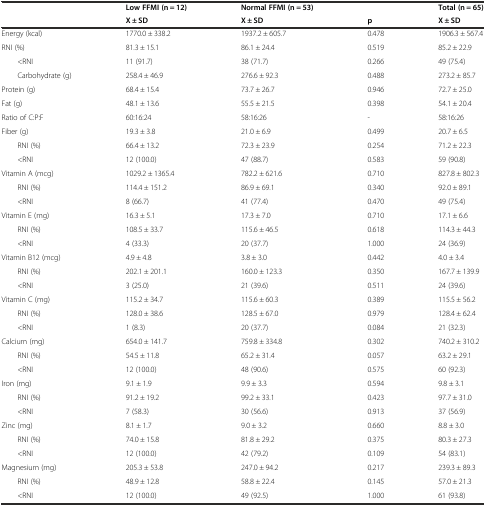
<table><thead><tr><td></td><td><b>Low FFMI (n = 12)</b></td><td><b>Normal FFMI (n = 53)</b></td><td></td><td><b>Total (n = 65)</b></td></tr><tr><td></td><td><b>X ± SD</b></td><td><b>X ± SD</b></td><td><b>p</b></td><td><b>X ± SD</b></td></tr></thead><tbody><tr><td>Energy (kcal)</td><td>1770.0 ± 338.2</td><td>1937.2 ± 605.7</td><td>0.478</td><td>1906.3 ± 567.4</td></tr><tr><td>RNI (%)</td><td>81.3 ± 15.1</td><td>86.1 ± 24.4</td><td>0.519</td><td>85.2 ± 22.9</td></tr><tr><td>&lt;RNI</td><td>11 (91.7)</td><td>38 (71.7)</td><td>0.266</td><td>49 (75.4)</td></tr><tr><td>Carbohydrate (g)</td><td>258.4 ± 46.9</td><td>276.6 ± 92.3</td><td>0.488</td><td>273.2 ± 85.7</td></tr><tr><td>Protein (g)</td><td>68.4 ± 15.4</td><td>73.7 ± 26.7</td><td>0.946</td><td>72.7 ± 25.0</td></tr><tr><td>Fat (g)</td><td>48.1 ± 13.6</td><td>55.5 ± 21.5</td><td>0.398</td><td>54.1 ± 20.4</td></tr><tr><td>Ratio of C:P:F</td><td>60:16:24</td><td>58:16:26</td><td>-</td><td>58:16:26</td></tr><tr><td>Fiber (g)</td><td>19.3 ± 3.8</td><td>21.0 ± 6.9</td><td>0.499</td><td>20.7 ± 6.5</td></tr><tr><td>RNI (%)</td><td>66.4 ± 13.2</td><td>72.3 ± 23.9</td><td>0.254</td><td>71.2 ± 22.3</td></tr><tr><td>&lt;RNI</td><td>12 (100.0)</td><td>47 (88.7)</td><td>0.583</td><td>59 (90.8)</td></tr><tr><td>Vitamin A (mcg)</td><td>1029.2 ± 1365.4</td><td>782.2 ± 621.6</td><td>0.710</td><td>827.8 ± 802.3</td></tr><tr><td>RNI (%)</td><td>114.4 ± 151.2</td><td>86.9 ± 69.1</td><td>0.340</td><td>92.0 ± 89.1</td></tr><tr><td>&lt;RNI</td><td>8 (66.7)</td><td>41 (77.4)</td><td>0.470</td><td>49 (75.4)</td></tr><tr><td>Vitamin E (mg)</td><td>16.3 ± 5.1</td><td>17.3 ± 7.0</td><td>0.710</td><td>17.1 ± 6.6</td></tr><tr><td>RNI (%)</td><td>108.5 ± 33.7</td><td>115.6 ± 46.5</td><td>0.618</td><td>114.3 ± 44.3</td></tr><tr><td>&lt;RNI</td><td>4 (33.3)</td><td>20 (37.7)</td><td>1.000</td><td>24 (36.9)</td></tr><tr><td>Vitamin B12 (mcg)</td><td>4.9 ± 4.8</td><td>3.8 ± 3.0</td><td>0.442</td><td>4.0 ± 3.4</td></tr><tr><td>RNI (%)</td><td>202.1 ± 201.1</td><td>160.0 ± 123.3</td><td>0.350</td><td>167.7 ± 139.9</td></tr><tr><td>&lt;RNI</td><td>3 (25.0)</td><td>21 (39.6)</td><td>0.511</td><td>24 (39.6)</td></tr><tr><td>Vitamin C (mg)</td><td>115.2 ± 34.7</td><td>115.6 ± 60.3</td><td>0.389</td><td>115.5 ± 56.2</td></tr><tr><td>RNI (%)</td><td>128.0 ± 38.6</td><td>128.5 ± 67.0</td><td>0.979</td><td>128.4 ± 62.4</td></tr><tr><td>&lt;RNI</td><td>1 (8.3)</td><td>20 (37.7)</td><td>0.084</td><td>21 (32.3)</td></tr><tr><td>Calcium (mg)</td><td>654.0 ± 141.7</td><td>759.8 ± 334.8</td><td>0.302</td><td>740.2 ± 310.2</td></tr><tr><td>RNI (%)</td><td>54.5 ± 11.8</td><td>65.2 ± 31.4</td><td>0.057</td><td>63.2 ± 29.1</td></tr><tr><td>&lt;RNI</td><td>12 (100.0)</td><td>48 (90.6)</td><td>0.575</td><td>60 (92.3)</td></tr><tr><td>Iron (mg)</td><td>9.1 ± 1.9</td><td>9.9 ± 3.3</td><td>0.594</td><td>9.8 ± 3.1</td></tr><tr><td>RNI (%)</td><td>91.2 ± 19.2</td><td>99.2 ± 33.1</td><td>0.423</td><td>97.7 ± 31.0</td></tr><tr><td>&lt;RNI</td><td>7 (58.3)</td><td>30 (56.6)</td><td>0.913</td><td>37 (56.9)</td></tr><tr><td>Zinc (mg)</td><td>8.1 ± 1.7</td><td>9.0 ± 3.2</td><td>0.660</td><td>8.8 ± 3.0</td></tr><tr><td>RNI (%)</td><td>74.0 ± 15.8</td><td>81.8 ± 29.2</td><td>0.375</td><td>80.3 ± 27.3</td></tr><tr><td>&lt;RNI</td><td>12 (100.0)</td><td>42 (79.2)</td><td>0.109</td><td>54 (83.1)</td></tr><tr><td>Magnesium (mg)</td><td>205.3 ± 53.8</td><td>247.0 ± 94.2</td><td>0.217</td><td>239.3 ± 89.3</td></tr><tr><td>RNI (%)</td><td>48.9 ± 12.8</td><td>58.8 ± 22.4</td><td>0.145</td><td>57.0 ± 21.3</td></tr><tr><td>&lt;RNI</td><td>12 (100.0)</td><td>49 (92.5)</td><td>1.000</td><td>61 (93.8)</td></tr></tbody></table>